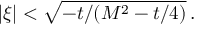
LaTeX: | \xi | < \sqrt { - t / ( M ^ { 2 } - t / 4 ) } \, .